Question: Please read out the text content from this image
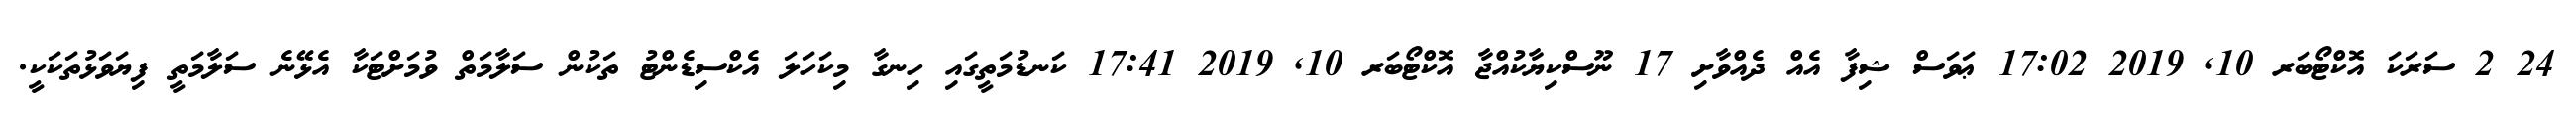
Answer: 24 2 ސަރަކަ އޮކްޓޯބަރ 10, 2019 17:02 ޢަވަސް ޝިފާ އެއް ދެއްވާށި 17 ނޫސްކިޔާކުއްޖާ އޮކްޓޯބަރ 10, 2019 17:41 ކަނޑުމަތީގައި ހިނގާ މިކަހަލަ އެކްސިޑެންޓު ތަކުން ސަލާމަތް ވުމަށްޓަކާ އެޅޭނެ ސަލާމަތީ ފިޔަވަޅުތަކަކީ.